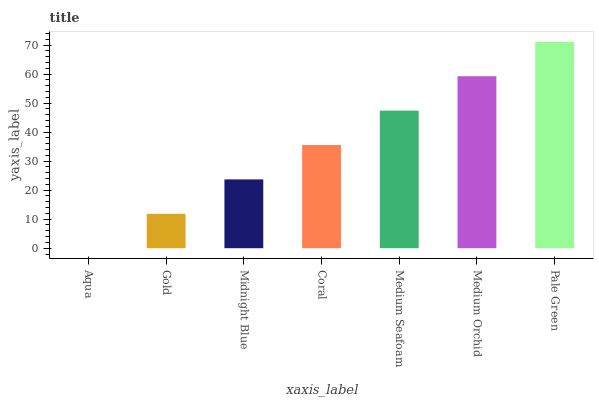
| xaxis_label | bars |
 | --- | --- |
 | Aqua | 0 |
 | Gold | 11.9 |
 | Midnight Blue | 23.7 |
 | Coral | 35.6 |
 | Medium Seafoam | 47.4 |
 | Medium Orchid | 59.3 |
 | Pale Green | 71.2 |